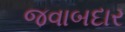
જવાબદાર